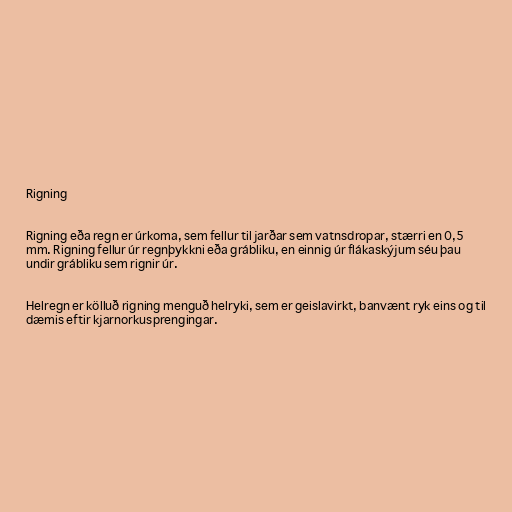
Rigning

Rigning eða regn er úrkoma, sem fellur til jarðar sem vatnsdropar, stærri en 0,5
mm. Rigning fellur úr regnþykkni eða grábliku, en einnig úr flákaskýjum séu þau
undir grábliku sem rignir úr.

Helregn er kölluð rigning menguð helryki, sem er geislavirkt, banvænt ryk eins og til
dæmis eftir kjarnorkusprengingar.